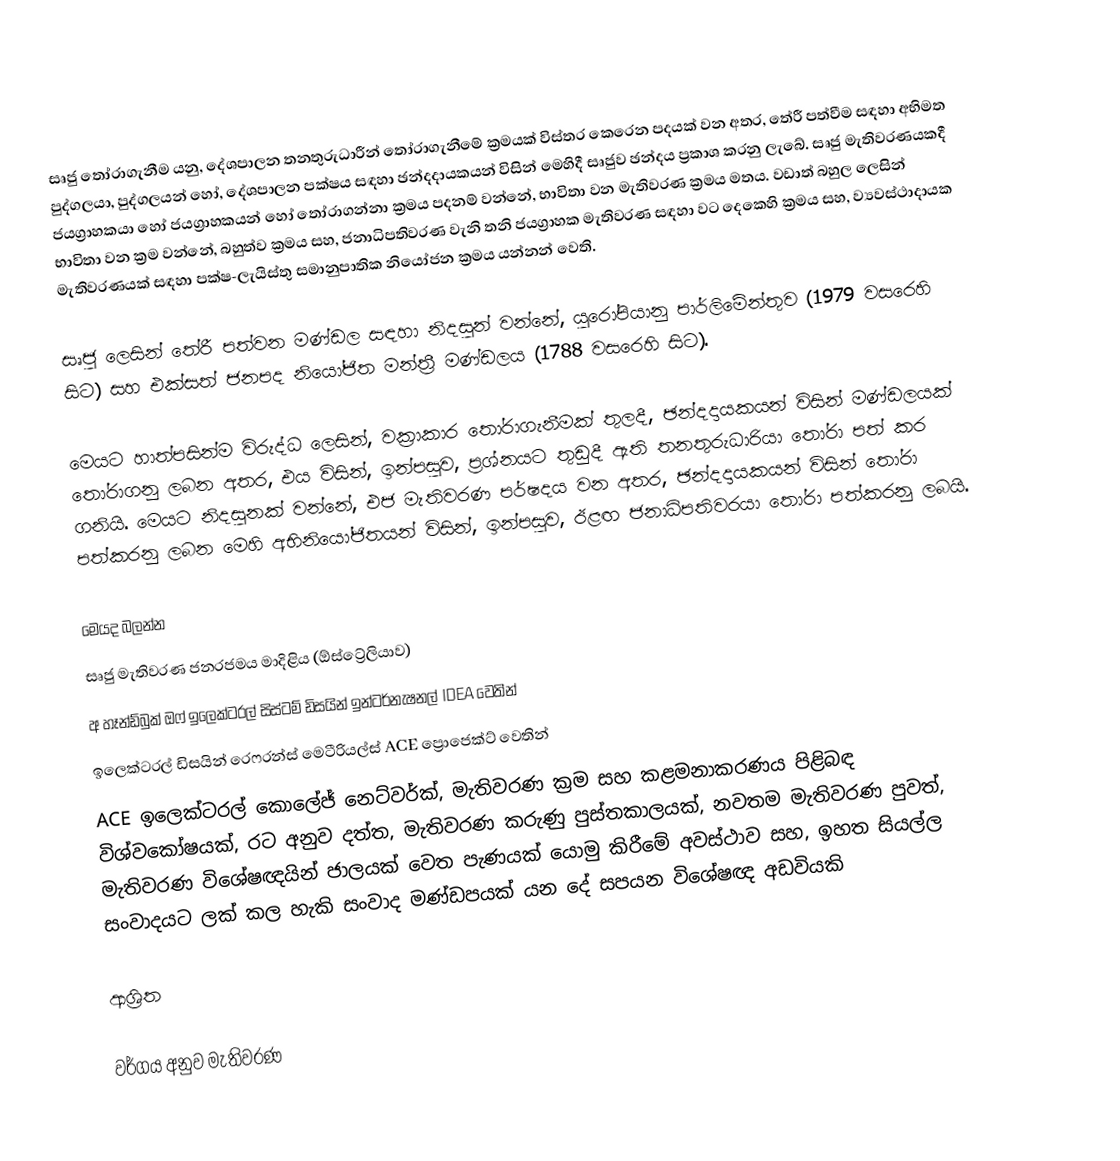
සෘජු තෝරාගැනීම යනු, දේශපාලන තනතුරුධාරීන් තෝරාගැනීමේ ක්‍රමයක් විස්තර කෙරෙන පදයක් වන අතර, තේරී පත්වීම සඳහා අභිමත පුද්ගලයා, පුද්ගලයන් හෝ, දේශපාලන පක්ෂය සඳහා ඡන්දදායකයන් විසින් මෙහිදී සෘජුව ඡන්දය ප්‍රකාශ කරනු ලැබේ. සෘජු මැතිවරණයකදී ජයග්‍රාහකයා හෝ ජයග්‍රාහකයන් හෝ තෝරාගන්නා ක්‍රමය පදනම් වන්නේ, භාවිතා වන මැතිවරණ ක්‍රමය මතය. වඩාත් බහුල ලෙසින් භාවිතා වන ක්‍රම වන්නේ, බහුත්ව ක්‍රමය සහ, ජනාධිපතිවරණ වැනි තනි ජයග්‍රාහක මැතිවරණ සඳහා වට දෙකෙහි ක්‍රමය සහ, ව්‍යවස්ථාදායක මැතිවරණයක් සඳහා   පක්ෂ-ලැයිස්තු සමානුපාතික නියෝජන ක්‍රමය යන්නන් වෙති.

සෘජු ලෙසින් තේරී පත්වන මණ්ඩල සඳහා නිදසුන් වන්නේ, යුරෝපියානු පාර්ලිමේන්තුව (1979 වසරෙහි සිට) සහ එක්සත් ජනපද නියෝජිත මන්ත්‍රී මණ්ඩලය (1788 වසරෙහි සිට).

මෙයට හාත්පසින්ම විරුද්ධ ලෙසින්, වක්‍රාකාර තෝරාගැනීමක් තුලදී, ඡන්දදායකයන් විසින් මණ්ඩලයක් තෝරාගනු ලබන අතර, එය විසින්, ඉන්පසුව, ප්‍රශ්නයට තුඩුදී ඇති තනතුරුධාරියා තෝරා පත් කර ගනියි. මෙයට නිදසුනක් වන්නේ, එජ මැතිවරණ පර්ෂදය වන අතර, ඡන්දදායකයන් විසින් තෝරා පත්කරනු ලබන මෙහි අභිනියෝජිතයන්  විසින්,  ඉන්පසුව, ඊළඟ ජනාධිපතිවරයා තෝරා පත්කරනු ලබයි.

මෙයද බලන්න
සෘජු මැතිවරණ ජනරජමය මාදිළිය (ඕස්ට්‍රේලියාව)
අ හෑන්ඩ්බුක් ඔෆ් ඉලෙක්ටරල් සිස්ටම් ඩිසයින් ඉන්ටර්නැෂනල් IDEA වෙතින්
 ඉලෙක්ටරල් ඩිසයින් රෙෆරන්ස් මෙටීරියල්ස් ACE ප්‍රොජෙක්ට් වෙතින්
ACE ඉලෙක්ටරල් කොලේජ් නෙට්වර්ක්,  මැතිවරණ ක්‍රම සහ කළමනාකරණය පිළිබඳ විශ්වකෝෂයක්, රට අනුව දත්ත, මැතිවරණ කරුණු පුස්තකාලයක්, නවතම මැතිවරණ පුවත්, මැතිවරණ විශේෂඥයින් ජාලයක් වෙත පැණයක් යොමු කිරීමේ අවස්ථාව සහ, ඉහත සියල්ල සංවාදයට ලක් කල හැකි සංවාද මණ්ඩපයක් යන දේ සපයන විශේෂඥ අඩවියකි

ආශ්‍රිත

වර්ගය අනුව මැතිවරණ